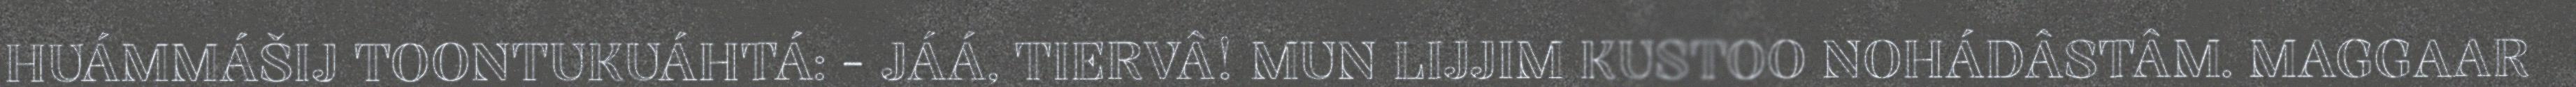
HUÁMMÁŠIJ TOONTUKUÁHTÁ: - JÁÁ, TIERVÂ! MUN LIJJIM KUSTOO NOHÁDÂSTÂM. MAGGAAR